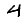
Digit: 4